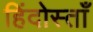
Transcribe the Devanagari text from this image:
हिंदोस्ताँ